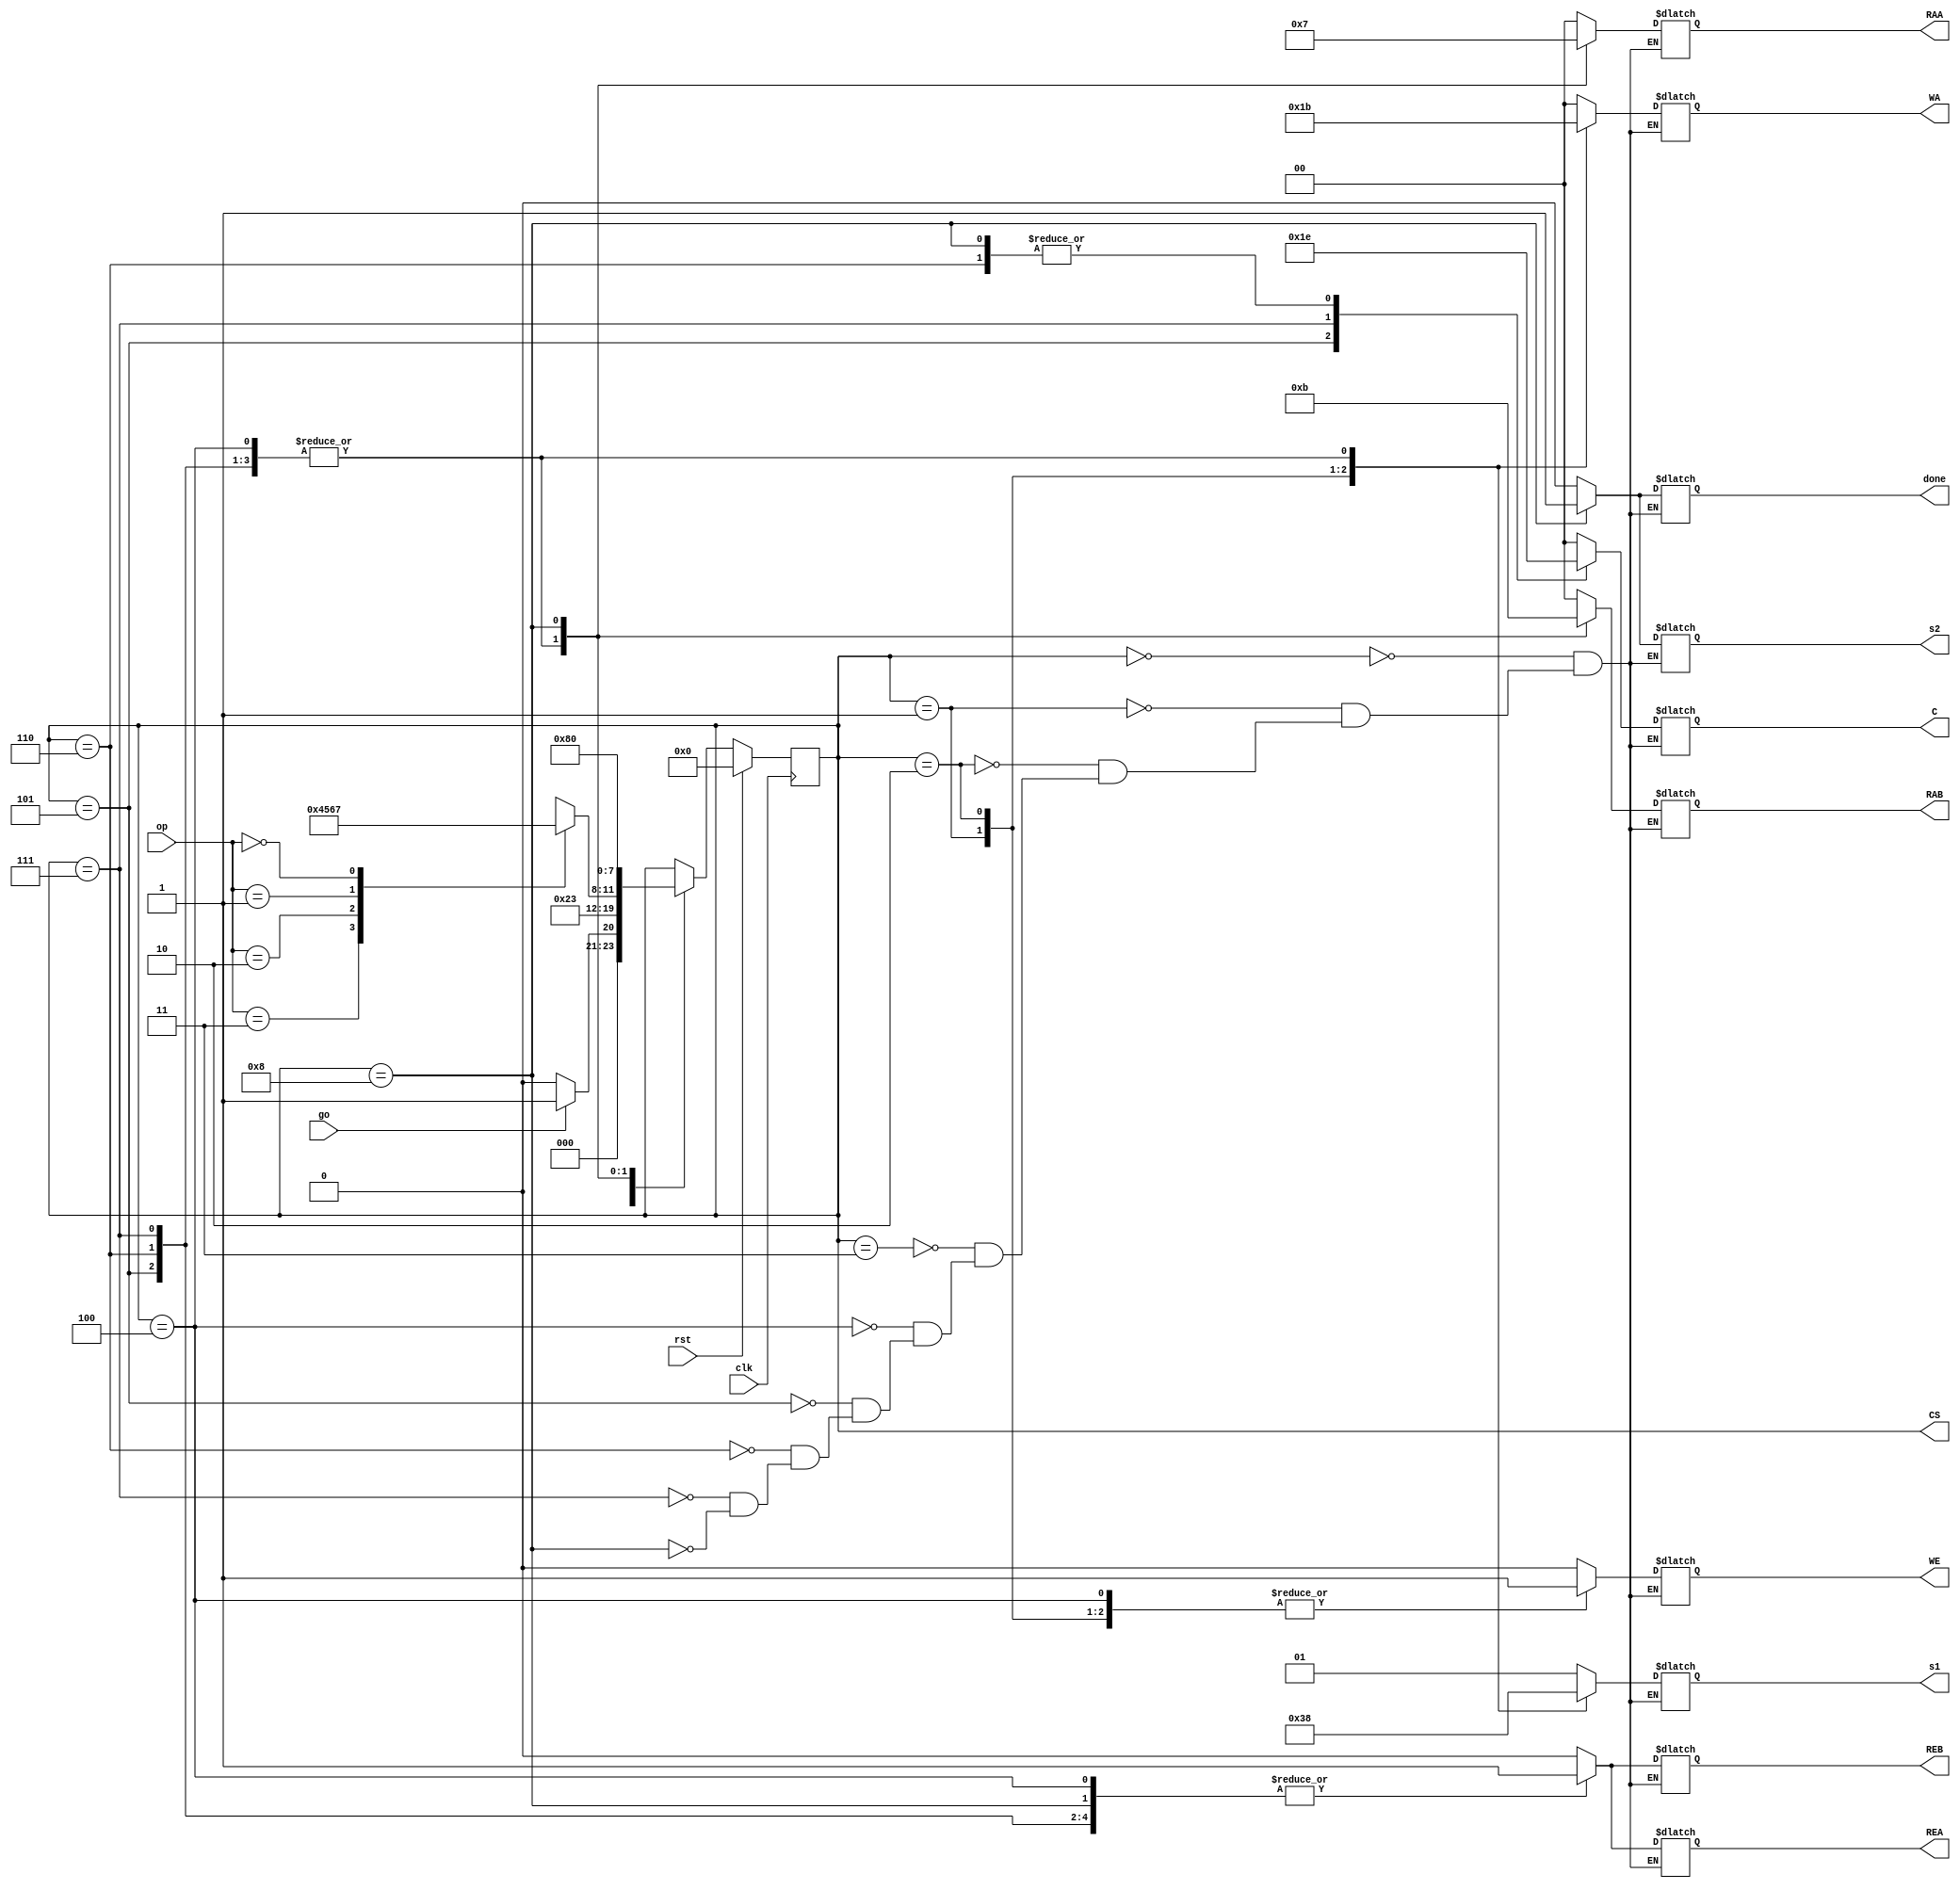
`timescale 1ns/1ps
//control unit for small calculator

module control_unit(
            input clk,
			input wire go,		//to break from being idle
			input wire [1:0] op,	//operation to do
			input wire rst,		//reset

			output reg [1:0] s1, 	//control for MUX1
			output reg [1:0] WA, 	//write address
			output reg WE,	      	//write enable
			output reg [1:0] RAA, 	//read address A
			output reg [1:0] RAB, 	//read address B
			output reg REA,		//read enable A
			output reg REB, 	//read enable B
			output reg [1:0] C, 	//control for ALU
			output reg s2,		//control for MUX2
			
			output wire [3:0] CS, 	//output to 7seg display
			output reg done);	//output to LED bar 
   
	/*
	* We need register to hold the cs
	* function that describes where to go for ns
	* output function
	* 
	*/
	reg [3:0]cs, ns;

	assign CS = cs; //assign for output CS

	//for states
	localparam s0_IDLE = 4'b0000;
	localparam s1_WRITE1 = 4'b0001;
	localparam	s2_WRITE2 = 4'b0010; 
	localparam	s3_READ = 4'b0011;
	localparam	s4_ADD = 4'b0100;
	localparam	s5_SUB = 4'b0101;
	localparam	s6_AND = 4'b0110;
	localparam	s7_XOR = 4'b0111;
	localparam	s8_OUTPUT = 4'b1000;

	//for opcodes
	localparam ADD = 2'b11;
	localparam SUB = 2'b10;
	localparam	AND = 2'b01;
	localparam	XOR = 0;
	
	//start at state 0	
    initial begin
        cs = s0_IDLE;
    end
	
	always @(posedge clk) begin
	   if(rst == 1)
	       cs <= s0_IDLE;
	    else cs <= ns;
	//st == 0 ? cs <= s0_IDLE : cs <= ns;
	end

	//determines how the fsm should act
	always @(go, op, cs) begin
		case(cs) 
			s0_IDLE: begin 
			             if(go) ns = s1_WRITE1;
			             else ns = s0_IDLE;
			             //go ? ns = s1_WRITE1 : ns = s0_IDLE; 
			         end
		    s1_WRITE1: ns = s2_WRITE2;
			s2_WRITE2: ns = s3_READ;
			s3_READ: 
				case(op)
					ADD: ns = s4_ADD;
					SUB: ns = s5_SUB;
					AND: ns = s6_AND;
					XOR: ns = s7_XOR;
					default: ns = s7_XOR; //if it doesn't match any operator, it should XOR automatically
				endcase
				
			s4_ADD: ns = s8_OUTPUT; 
			s5_SUB: ns = s8_OUTPUT;
			s6_AND: ns = s8_OUTPUT;
			s7_XOR:	ns = s8_OUTPUT;
			s8_OUTPUT: ns = s0_IDLE;
			default: ns = cs;	
		endcase
	end

	//set outputs
	always @(cs) begin
		case(cs) 
			s0_IDLE: begin s1 = 1; WA = 0; WE = 0; RAA = 0; REA = 0; RAB = 0; REB = 0; C = 0; s2 = 0; done = 0; end
			s1_WRITE1: begin s1 = 3; WA = 1; WE = 1; RAA = 0; REA = 0; RAB = 0; REB = 0; C = 0; s2 = 0; done = 0; end
			s2_WRITE2:  begin s1 = 2; WA = 2; WE = 1; RAA = 0; REA = 0; RAB = 0; REB = 0; C = 0; s2 = 0; done = 0; end
			s3_READ:  begin s1 = 1; WA = 0; WE = 0; RAA = 0; REA = 0; RAB = 0; REB = 0; C = 0; s2 = 0; done = 0; end
			s4_ADD:  begin s1 = 0; WA = 3; WE = 1; RAA = 1; REA = 1; RAB = 2; REB = 1; C = 0; s2 = 0; done = 0; end
			s5_SUB:  begin s1 = 0; WA = 3; WE = 1; RAA = 1; REA = 1; RAB = 2; REB = 1; C = 1; s2 = 0; done = 0; end
			s6_AND:  begin s1 = 0; WA = 3; WE = 1; RAA = 1; REA = 1; RAB = 2; REB = 1; C = 2; s2 = 0; done = 0; end
			s7_XOR:  begin s1 = 0; WA = 3; WE = 1; RAA = 1; REA = 1; RAB = 2; REB = 1; C = 3; s2 = 0; done = 0; end
			s8_OUTPUT:  begin s1 = 1; WA = 0; WE = 0; RAA = 3; REA = 1; RAB = 3; REB = 1; C = 2; s2 = 1; done = 1; end
		endcase
	end
	
endmodule